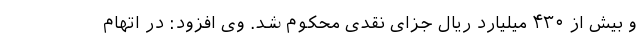
و بیش از ۴۳۰ میلیارد ریال جزای نقدی محکوم شد. وی افزود: در اتهام